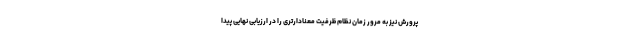
پرورش نیز به مرور زمان نظام ظرفیت معنادارتری را در ارزیابی نهایی پیدا